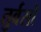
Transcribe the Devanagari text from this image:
तुर्वसों